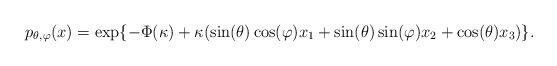
LaTeX: \begin{align*}p_{\theta,\varphi}(x) = \exp\{ -\Phi(\kappa) + \kappa (\sin(\theta)\cos(\varphi) x_1 + \sin(\theta)\sin(\varphi) x_2 + \cos(\theta) x_3)\}.\end{align*}